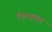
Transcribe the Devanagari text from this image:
पिल्यावर